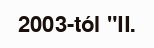
2003-tól "II.